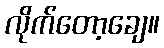
လိုက်တော့ချေ။